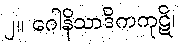
၂။ ဂေါနိသာဒိကကုဋိ၊